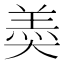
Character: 𡙡